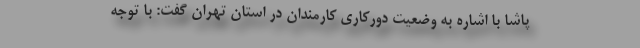
پاشا با اشاره به وضعیت دورکاری کارمندان در استان تهران گفت: با توجه